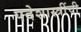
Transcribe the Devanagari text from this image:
पदेशास्त्रींची